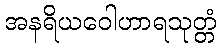
အနရိယဝေါဟာရသုတ္တံ